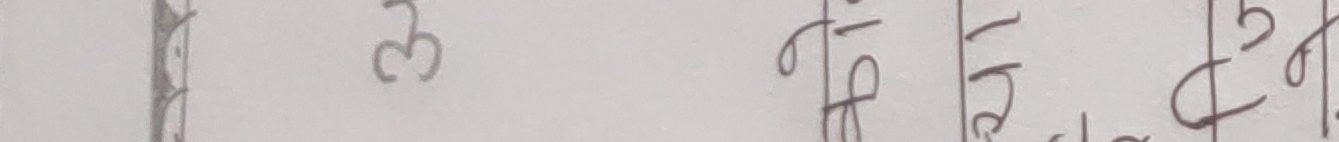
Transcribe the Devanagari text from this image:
३ डिडि ढि